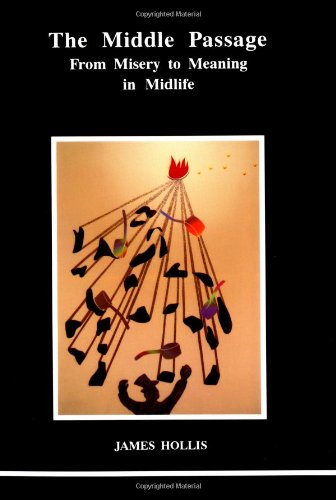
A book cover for The Middle Passage (Studies in Jungian Psychology by Jungian Analysts); James Hollis; Self-Help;